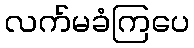
လက်မခံကြပေ